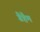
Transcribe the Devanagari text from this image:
ग्रैहैम